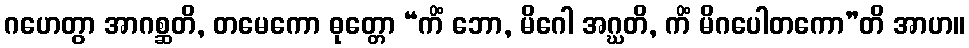
ဂဟေတွာ အာဂစ္ဆတိ, တမေကော ဓုတ္တော “ကိံ ဘော, မိဂေါ အဂ္ဃတိ, ကိံ မိဂပေါတကော”တိ အာဟ။